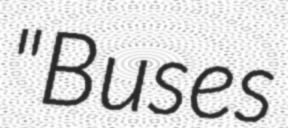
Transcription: "Buses